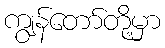
ကျွန်တော်တို့မှာ